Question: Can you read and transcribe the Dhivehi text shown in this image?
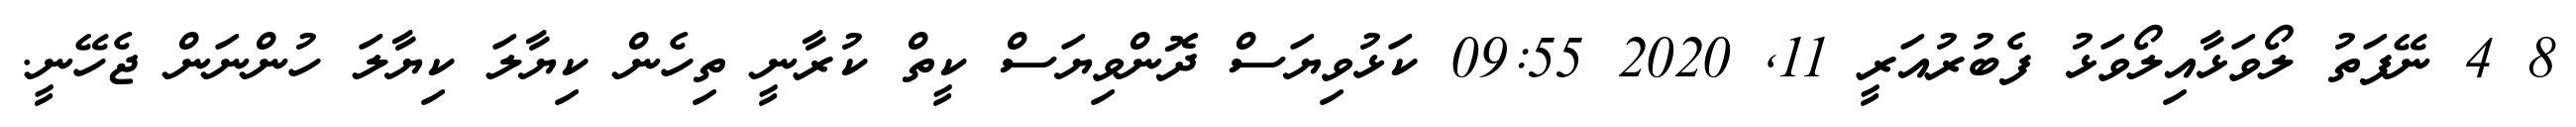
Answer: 8 4 ނޭފަތު ލޯވަޅާއިލޯވަޅު ފެބުރުއަރީ 11, 2020 09:55 ކަޅުވިޔަސް ދޮންވިޔަސް ކީތް ކުރާނީ ތިހެން ކިޔާލަ ކިޔާލަ ހުންނަން ޖެހޭނީ.